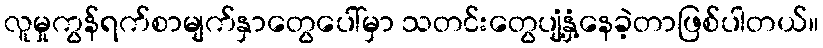
လူမှုကွန်ရက်စာမျက်နှာတွေပေါ်မှာ သတင်းတွေပျံ့နှံ့နေခဲ့တာဖြစ်ပါတယ်။